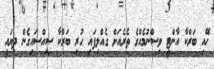
ހޭއި ބަރްކާ އާންޓީ ވިސްނުމެއްގެ ތެރެއަށް ގެއްލިފައި ހުރި ބަރްކާ ސިއްސައިގެން ދިޔައީ